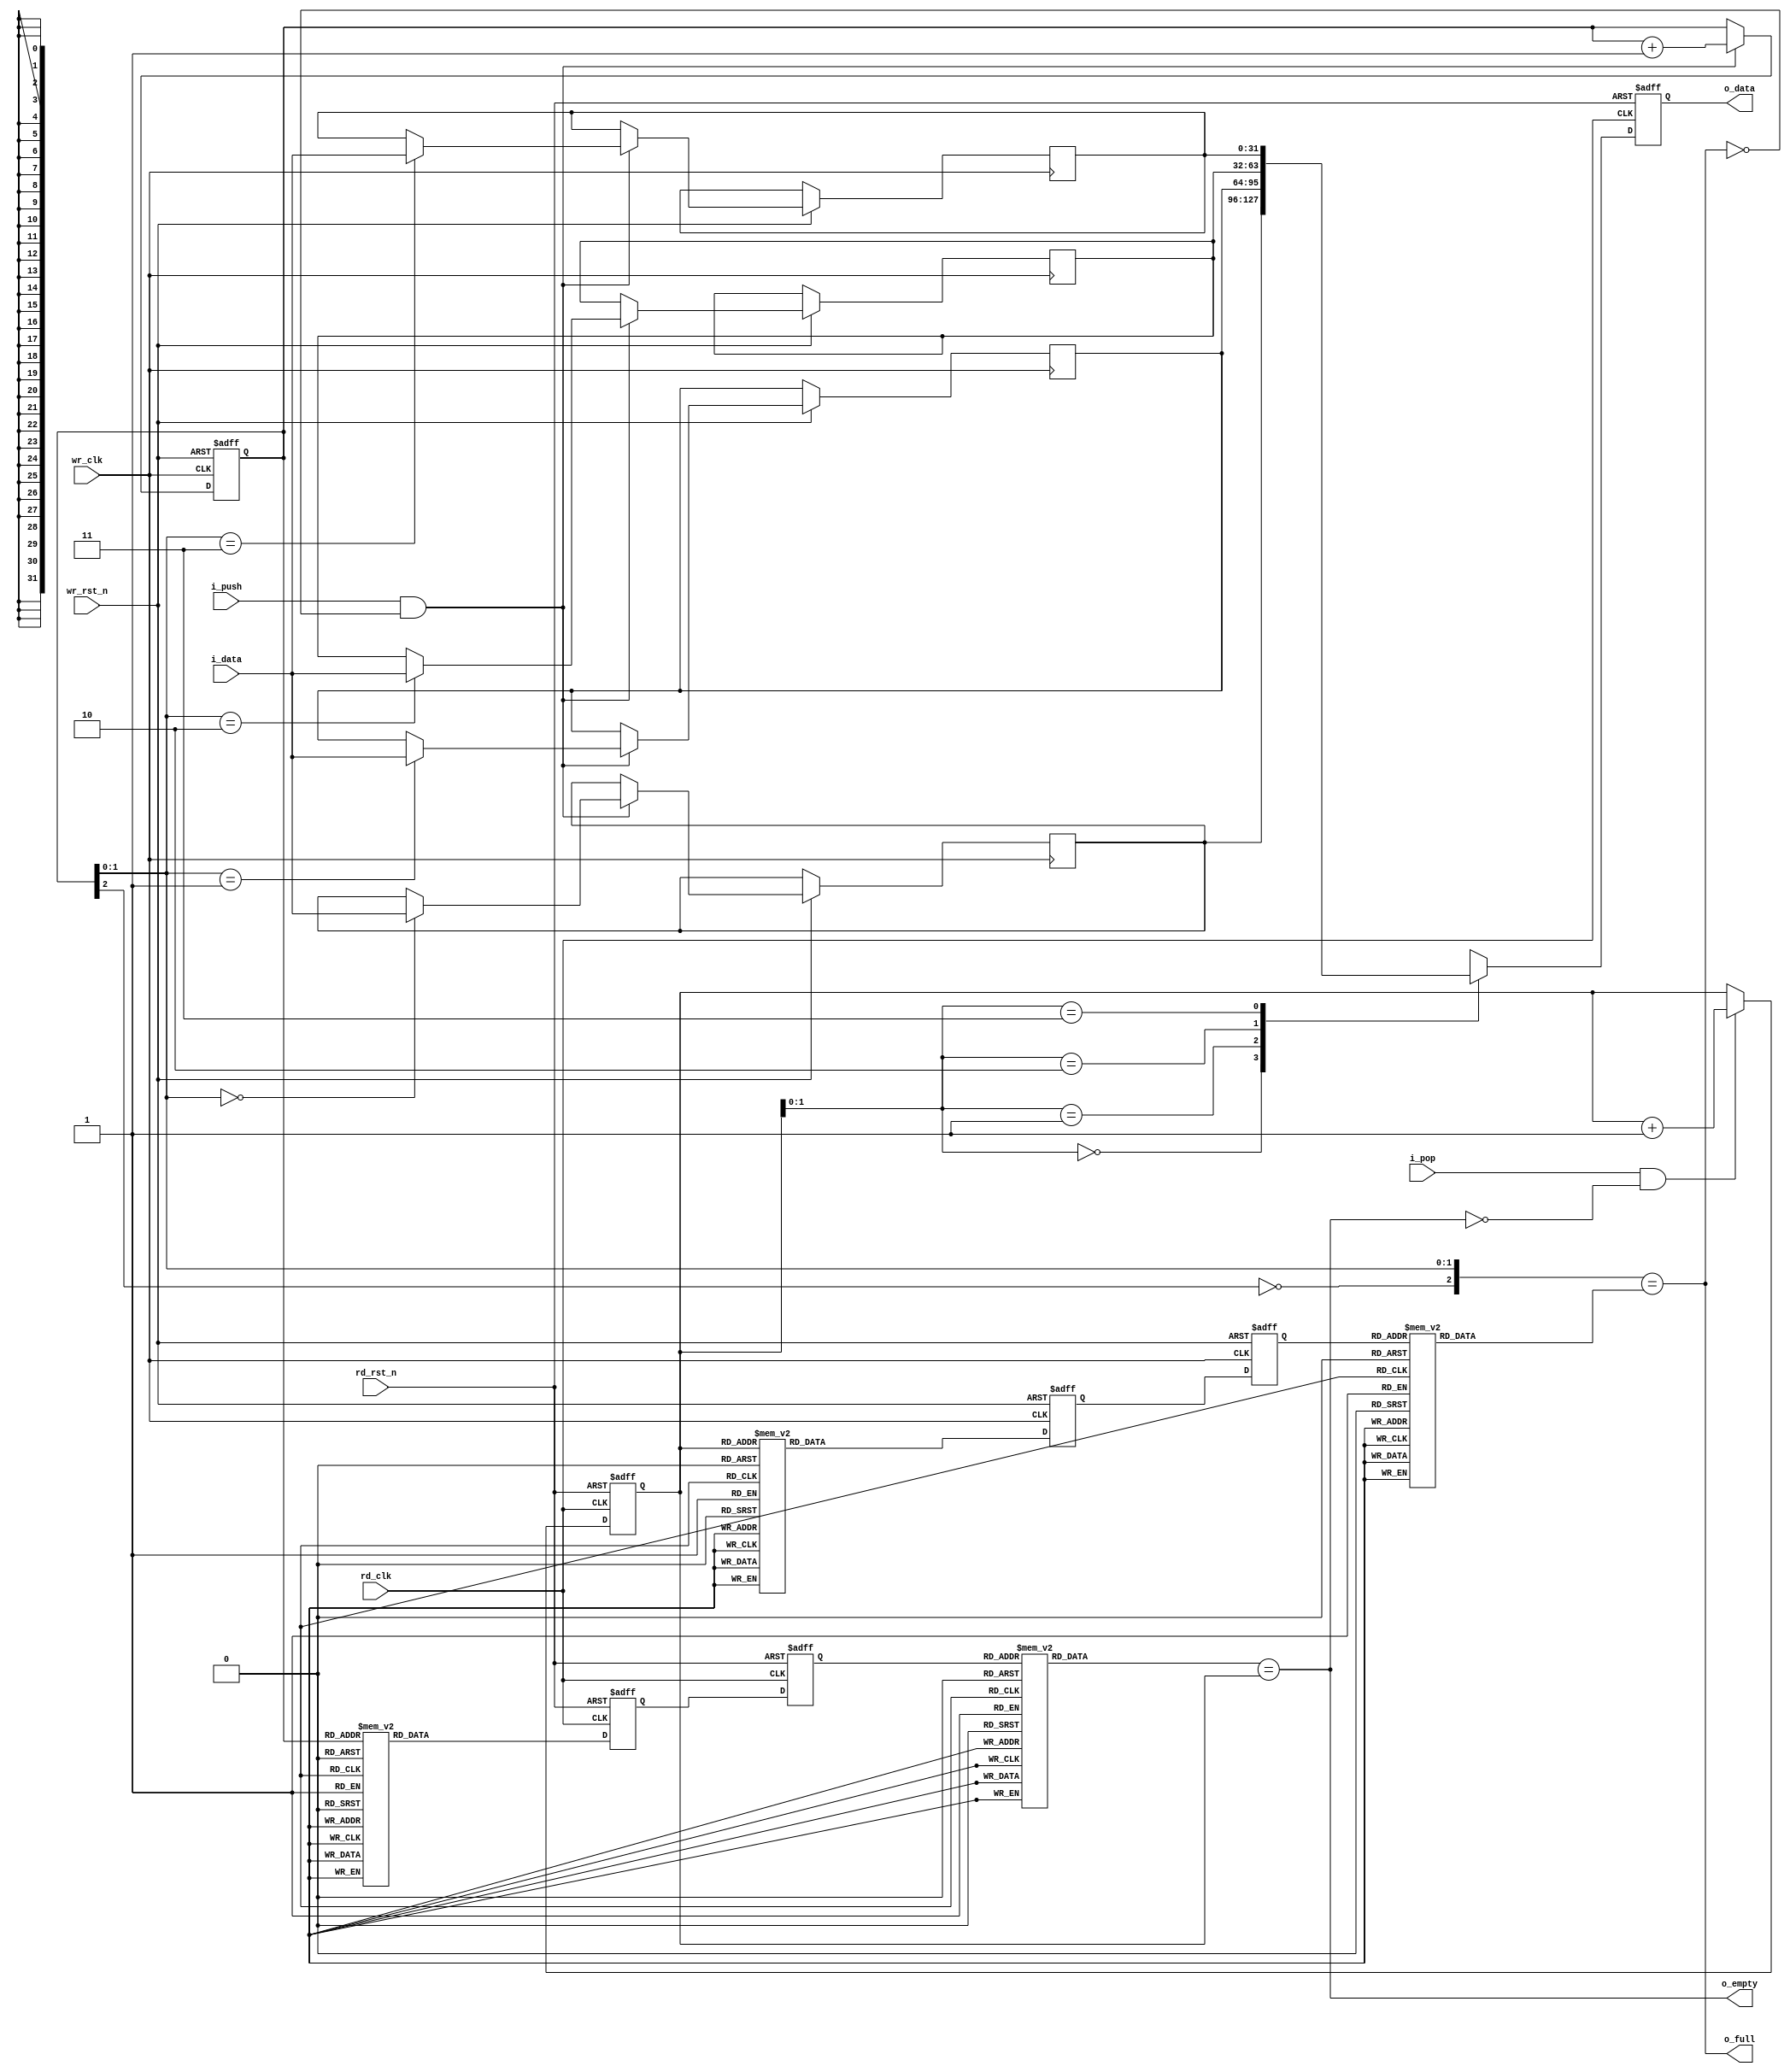
//////////////////////////////////////////////////////////////////
//                                                              //
//  Generic Asynchronous FIFO                                   //
//                                                              //
//  This file is part of the Amber project                      //
//  http://www.opencores.org/project,amber                      //
//                                                              //
//  Description                                                 //
//                                                              //
//  Author(s):                                                  //
//      - Conor Santifort, csantifort.amber@gmail.com           //
//                                                              //
//////////////////////////////////////////////////////////////////
//                                                              //
// Copyright (C) 2010 Authors and OPENCORES.ORG                 //
//                                                              //
// This source file may be used and distributed without         //
// restriction provided that this copyright statement is not    //
// removed from the file and that any derivative work contains  //
// the original copyright notice and the associated disclaimer. //
//                                                              //
// This source file is free software; you can redistribute it   //
// and/or modify it under the terms of the GNU Lesser General   //
// Public License as published by the Free Software Foundation; //
// either version 2.1 of the License, or (at your option) any   //
// later version.                                               //
//                                                              //
// This source is distributed in the hope that it will be       //
// useful, but WITHOUT ANY WARRANTY; without even the implied   //
// warranty of MERCHANTABILITY or FITNESS FOR A PARTICULAR      //
// PURPOSE.  See the GNU Lesser General Public License for more //
// details.                                                     //
//                                                              //
// You should have received a copy of the GNU Lesser General    //
// Public License along with this source; if not, download it   //
// from http://www.opencores.org/lgpl.shtml                     //
//                                                              //
//////////////////////////////////////////////////////////////////


module afifo
#(
parameter D_WIDTH = 32
)
(
input                       wr_clk,
input                       rd_clk,
input                       wr_rst_n,
input                       rd_rst_n,

input   [D_WIDTH-1:0]       i_data,
output  [D_WIDTH-1:0]       o_data,
input                       i_push,
input                       i_pop,

output                      o_full,
output                      o_empty
);

reg  [2:0] wr_pointer = 'd0, rd_pointer = 'd0;
reg  [2:0] wr_pointer_d1 = 'd0, rd_pointer_d1 = 'd0;
reg  [2:0] wr_pointer_d2 = 'd0, rd_pointer_d2 = 'd0;
wire [2:0] wr_pointer_rd, rd_pointer_wr;


reg [D_WIDTH-1:0] data [3:0];

//Write pointer and memory
//The memory won't be reseted
always @( posedge wr_clk, negedge wr_rst_n)
    if (~wr_rst_n)
        begin
        wr_pointer <= {D_WIDTH{1'b0}};
        end
    else if ( i_push && !o_full )
        begin
        wr_pointer <= wr_pointer + 1'd1;
        data[wr_pointer[1:0]] <= i_data;
        end

//Read pointer synchronizer
wire [2:0] gray8_rd_pointer;
assign gray8_rd_pointer = gray8(rd_pointer);
always @( posedge wr_clk, negedge wr_rst_n)
    if (~wr_rst_n)
        begin
        rd_pointer_d1 <= {D_WIDTH{1'b0}};
        rd_pointer_d2 <= {D_WIDTH{1'b0}};
        end
    else
        begin
        rd_pointer_d1 <= gray8_rd_pointer;
        rd_pointer_d2 <= rd_pointer_d1;
        end

//Read pointer
always @( posedge rd_clk, negedge rd_rst_n)
    if (~rd_rst_n)
        rd_pointer <= {D_WIDTH{1'b0}};
    else if ( i_pop && !o_empty )
        rd_pointer <= rd_pointer + 1'd1;

//Write pointer synchronizer
wire [2:0] gray8_wr_pointer;
assign gray8_wr_pointer = gray8(wr_pointer);

always @( posedge rd_clk,negedge rd_rst_n )
    if (~rd_rst_n)
        begin
        wr_pointer_d1 <= {D_WIDTH{1'b0}};
        wr_pointer_d2 <= {D_WIDTH{1'b0}};
        end
    else
        begin
        wr_pointer_d1 <= gray8_wr_pointer;
        wr_pointer_d2 <= wr_pointer_d1;
        end


assign wr_pointer_rd = ungray8(wr_pointer_d2);
assign rd_pointer_wr = ungray8(rd_pointer_d2);

reg [D_WIDTH-1:0] buffer_data;
always @ (posedge rd_clk, negedge rd_rst_n)
    if (~rd_rst_n)
        buffer_data <= {D_WIDTH{1'b0}};
    else
        buffer_data <= data[rd_pointer[1:0]];

assign o_data  = buffer_data;
assign o_full  = {~wr_pointer[2], wr_pointer[1:0]} == rd_pointer_wr;
assign o_empty = wr_pointer_rd == rd_pointer;


function [2:0] gray8;
input [2:0] binary;
begin
    case(binary)
        3'b000 : gray8 = 3'b000;
        3'b001 : gray8 = 3'b001;
        3'b010 : gray8 = 3'b011;
        3'b011 : gray8 = 3'b010;
        3'b100 : gray8 = 3'b110;
        3'b101 : gray8 = 3'b111;
        3'b110 : gray8 = 3'b101;
        3'b111 : gray8 = 3'b100;
    endcase
end
endfunction


function [2:0] ungray8;
input [2:0] gray;
begin
    case(gray)
        3'b000 : ungray8 = 3'b000;
        3'b001 : ungray8 = 3'b001;
        3'b011 : ungray8 = 3'b010;
        3'b010 : ungray8 = 3'b011;
        3'b110 : ungray8 = 3'b100;
        3'b111 : ungray8 = 3'b101;
        3'b101 : ungray8 = 3'b110;
        3'b100 : ungray8 = 3'b111;
    endcase
end
endfunction

endmodule